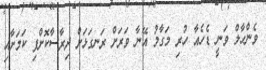
ވެންހާލް ވަނީ ޑެހެއާ ހުރި މަގާމު އޭނާ ވަރަށް ރަނގަޅަށް ދިރާސާކޮށްފި ކަމަށާއި